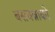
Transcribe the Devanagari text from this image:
बसवन्नाको